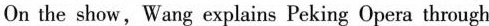
On the show, Wang explains Peking Opera through